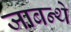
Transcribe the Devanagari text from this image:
जाबन्थे